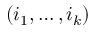
( i _ { 1 } , \dots , i _ { k } )